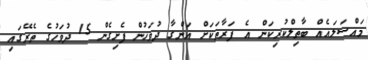
މައްސަލައެއް ބާތިލްކުރިކަން އެ ފަރާތަކަށް އަންގާ ދުވަހުން ފެށިގެން 15 ދުވަހުގެ ތެރޭގައި